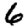
Digit: 6